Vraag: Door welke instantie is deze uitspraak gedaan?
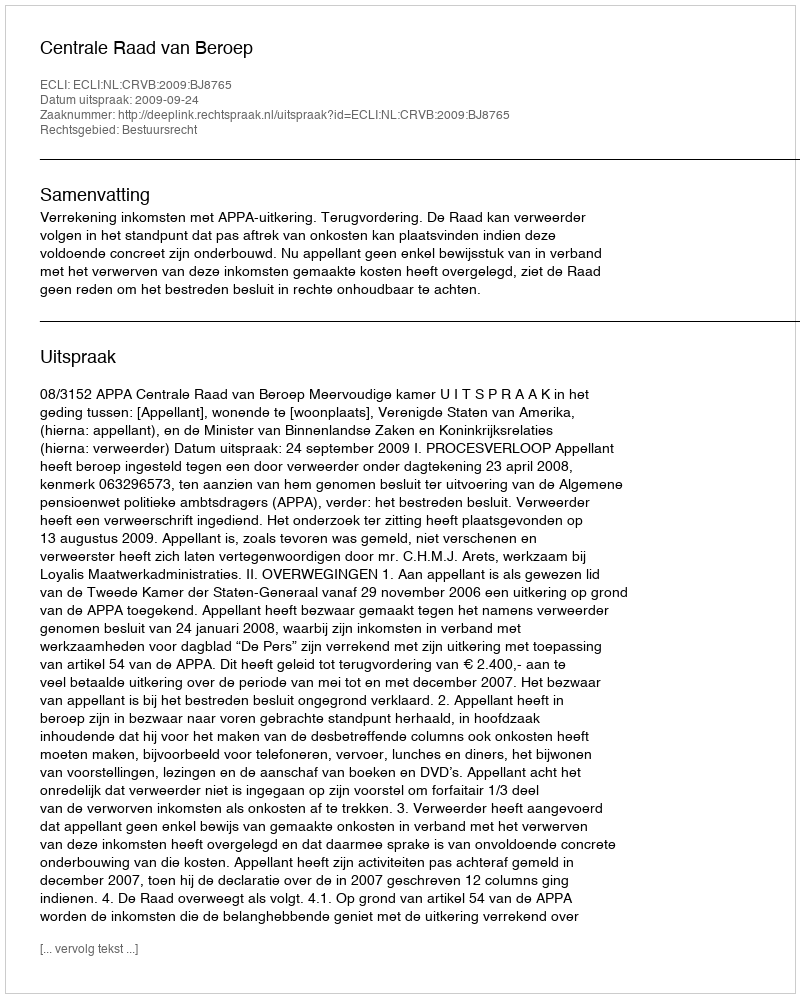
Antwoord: Centrale Raad van Beroep